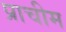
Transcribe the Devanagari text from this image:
प्राचीम